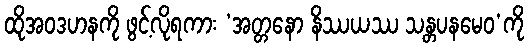
ထိုအဝဒဟနကို ဖွင့်လိုရကား ‘အတ္တနော နိဿယဿ သန္တပနမေဝ’ကို